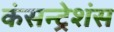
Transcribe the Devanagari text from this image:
कंसन्ट्रेशंस